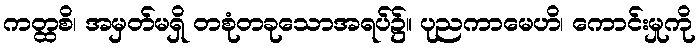
ကတ္ထစိ၊ အမှတ်မရှိ တစုံတခုသောအရပ်၌။ ပုညကာမေဟိ၊ ကောင်းမှုကို